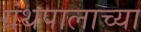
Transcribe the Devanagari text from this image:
ग्रंथपालाच्या